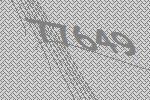
77649